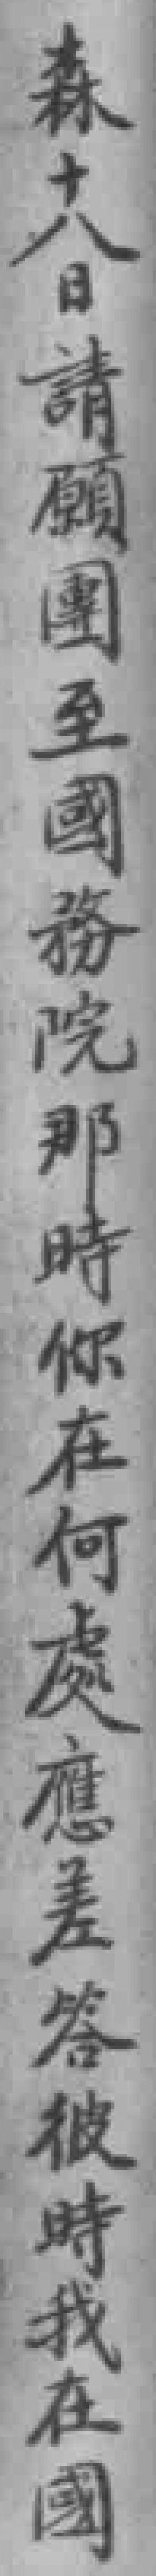
森十八日請願團至國務院那時你在何處應差答彼時我在國